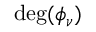
\deg ( \phi _ { \nu } )